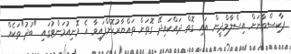
ޕާކިސްތާނަށް އިސްލާމްދީން އައި ގޮތް ދައްކައިދޭ ގޮތަށް ތައްޔާރުކޮށްފައިވާ އެ މޮނިއުމަންޓުގައި "ބުދު"ތަކެއް